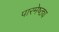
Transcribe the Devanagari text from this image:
पारमेष्ठ्य